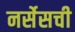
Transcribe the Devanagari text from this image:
नर्सेसची